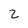
Character: 2